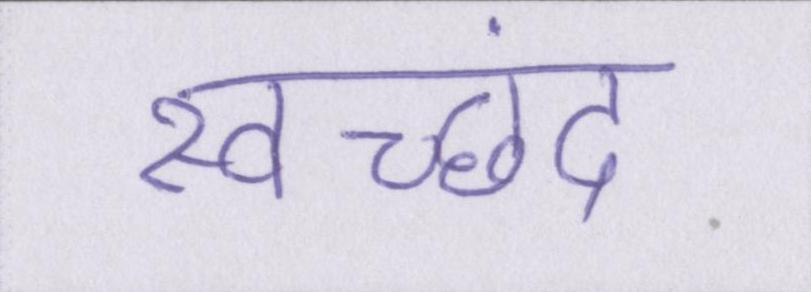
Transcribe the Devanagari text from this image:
स्वच्छंद